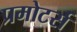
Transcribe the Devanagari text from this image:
प्रमोटर्स